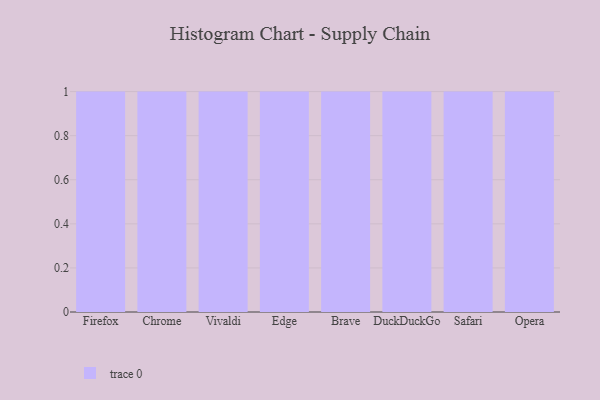
{"axis": {"x": "Browser", "y": "Market Share (%)"}, "legend": [""], "data": [{"x": "Firefox", "y": 81, "type": ""}, {"x": "Chrome", "y": 66, "type": ""}, {"x": "Vivaldi", "y": 17, "type": ""}, {"x": "Edge", "y": 11, "type": ""}, {"x": "Brave", "y": 45, "type": ""}, {"x": "DuckDuckGo", "y": 22, "type": ""}, {"x": "Safari", "y": 77, "type": ""}, {"x": "Opera", "y": 18, "type": ""}]}